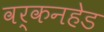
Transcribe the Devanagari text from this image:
वर्कनहेड